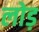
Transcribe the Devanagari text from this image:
लोड़